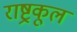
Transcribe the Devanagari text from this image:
राष्ट्रकूल